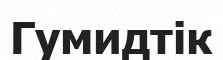
Гумидтік